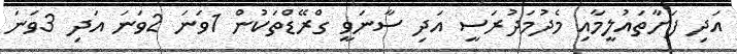
އަދި ފަށާތައުލީމާއި މެދުމަދުރަސީ އަދި ސާނަވީ ގްރޭޑްތަކުން 1ވަނަ 2ވަނަ އަދި 3ވަނަ